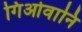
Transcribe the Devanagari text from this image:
गिओवानि